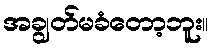
အချွတ်မခံတော့ဘူး။